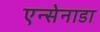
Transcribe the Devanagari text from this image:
एन्सेनाडा